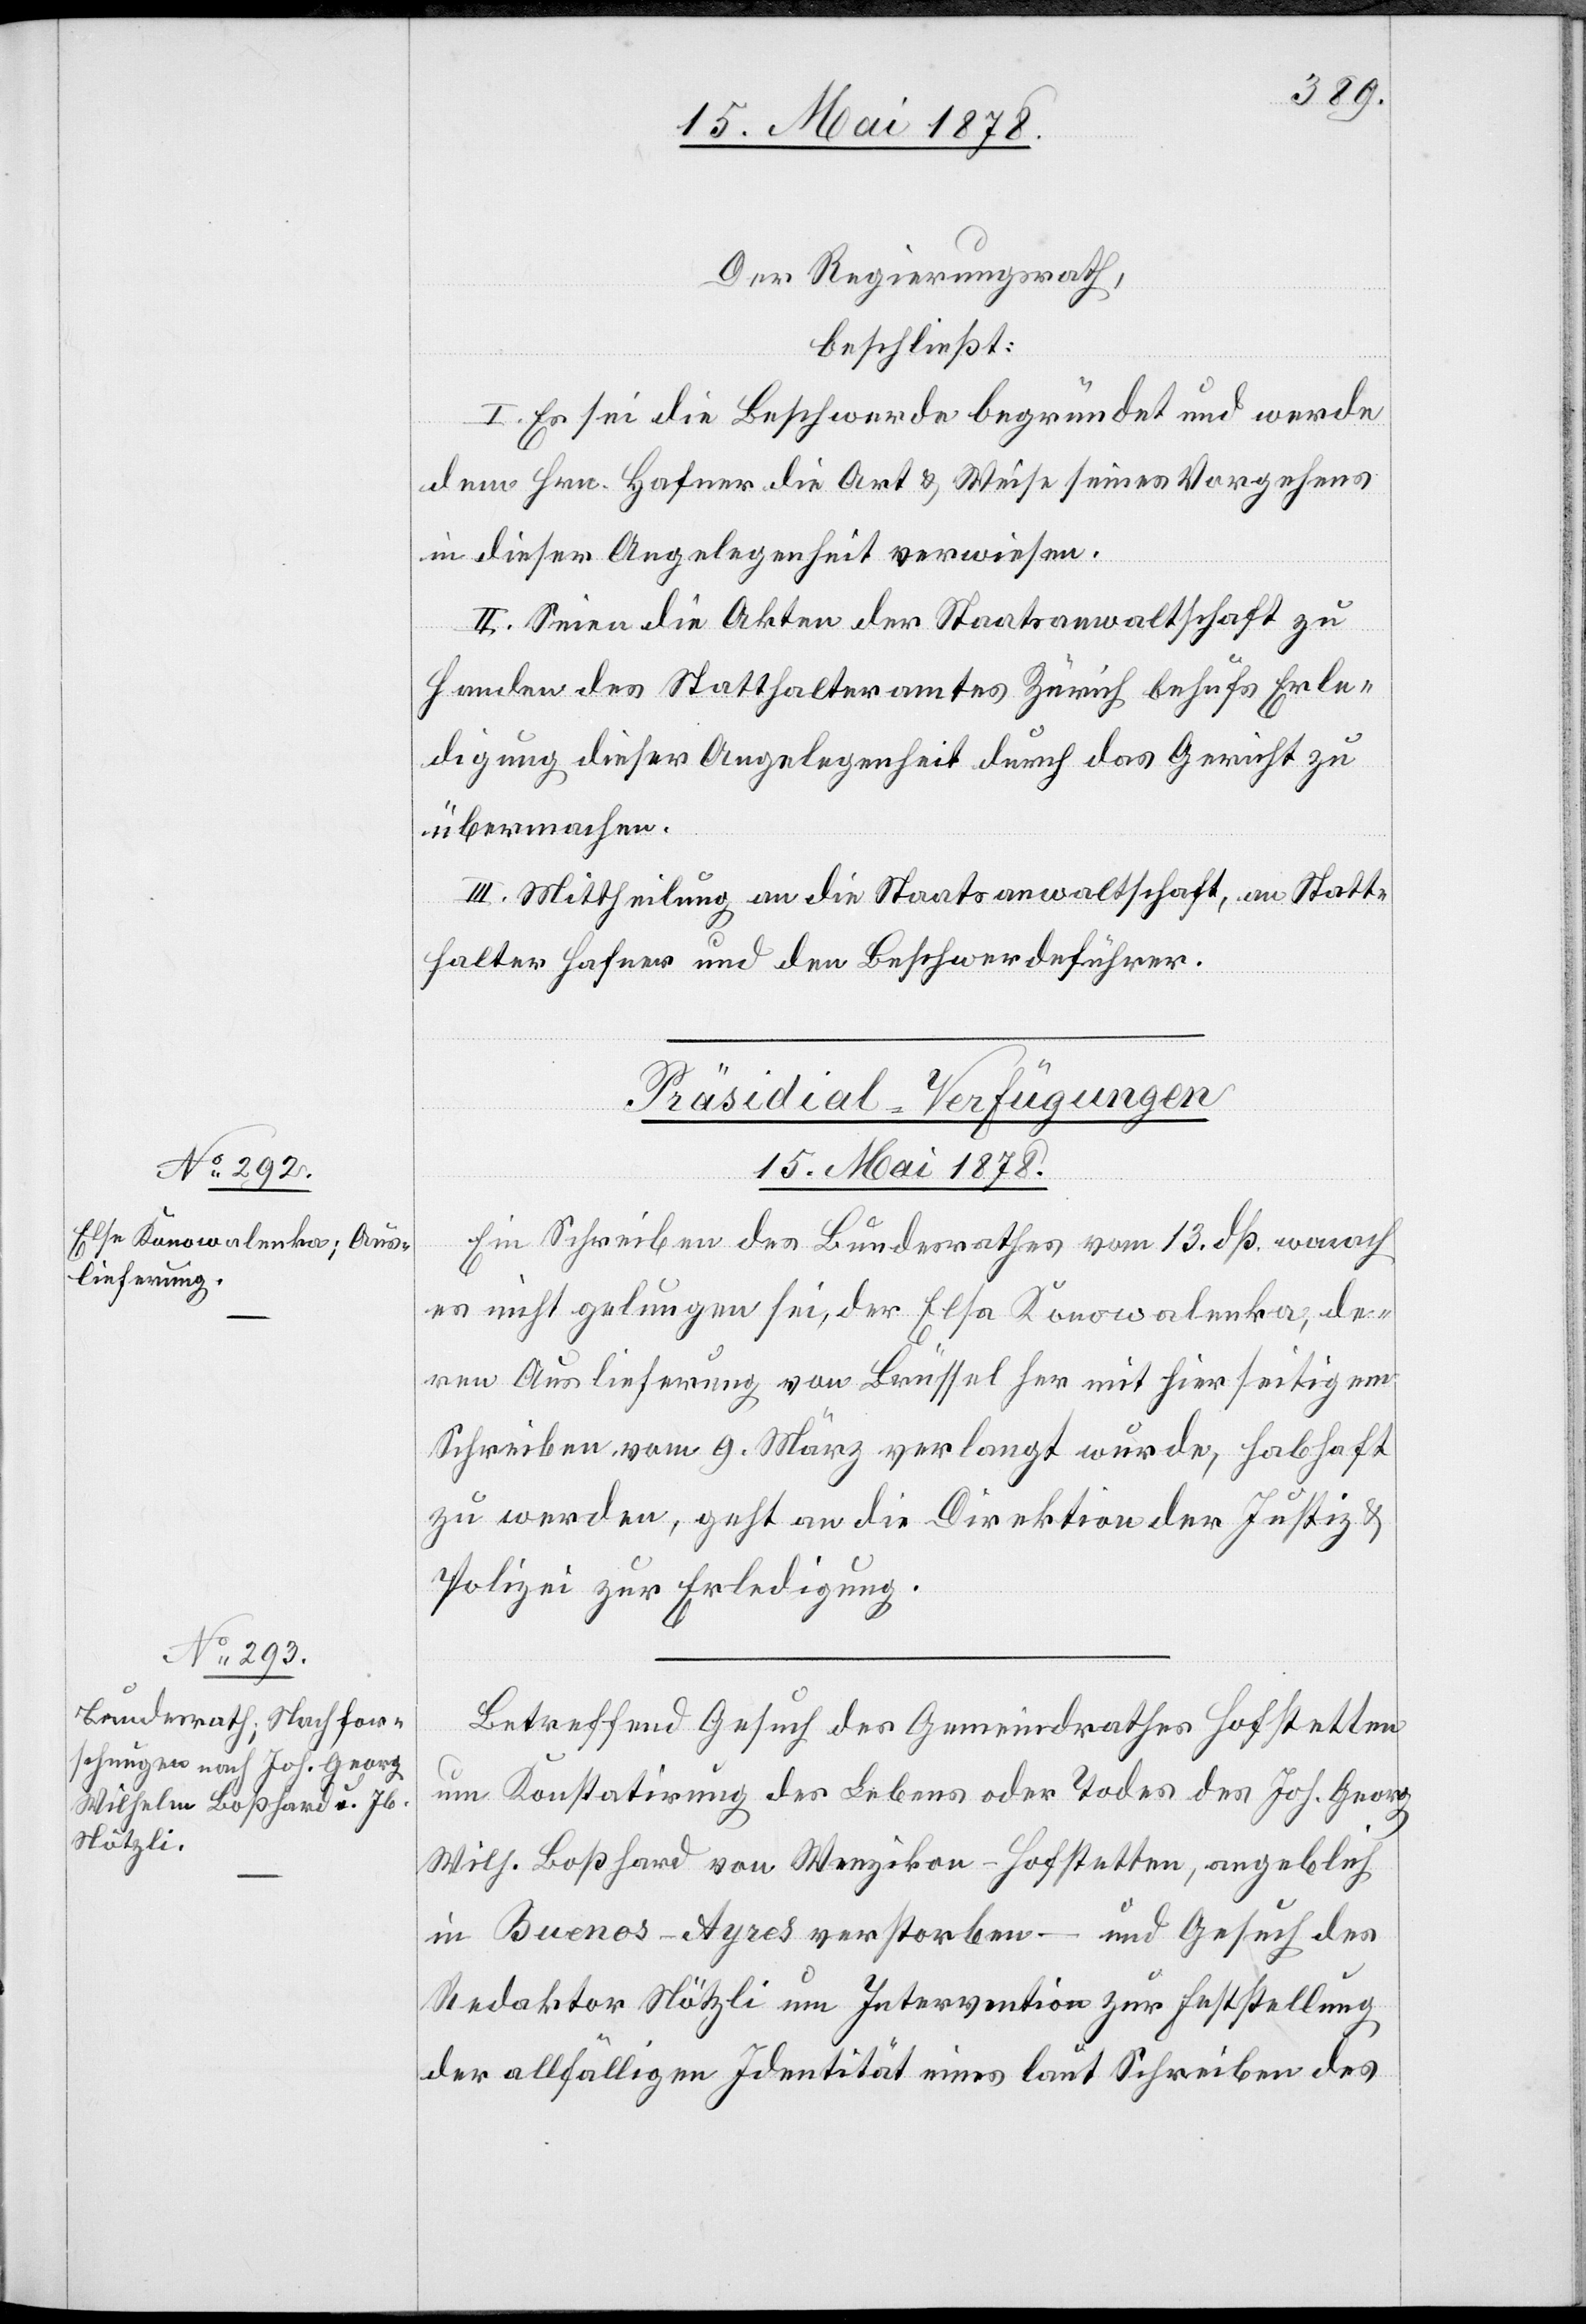
15. Mai 1878.]
Der Regierungsrath,
beschließt:
I. Es sei die Beschwerde begründet und werde
dem Hrn. Hafner die Art & Weise seines Vorgehens
in dieser Angelegenheit verwiesen.
II. Seien die Akten der Staatsanwaltschaft zu
Handen des Statthalteramtes Zürich behufs Erle¬
digung dieser Angelegenheit durch das Gericht zu
übermachen.
III. Mittheilung an die Staatsanwaltschaft, an Statt¬
halter Hafner und den Beschwerdeführer.
[Präsidial-Verfügungen
Ein Schreiben des Bundesrathes vom 13. dß. wonach
es nicht gelungen sei, der Elsa Konowalenka, de¬
ren Auslieferung von Brüssel her mit hierseitigem
Schreiben vom 9. März verlangt wurde, habhaft
zu werden, geht an die Direktion der Justiz &
Polizei zur Erledigung.
Betreffend Gesuch des Gemeindrathes Hofstetten
um Konstatitrung des Lebens oder Todes des Joh. Georg
Wilh. Boßhard von Wenzikon - Hofstetten, angeblich
in Buenos-Ayres verstorben – und Gesuch des
Redaktor Nötzli um Intervention zur Feststellung
der allfälligen Identität eines laut Schreiben des